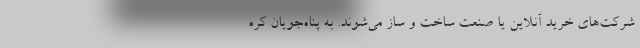
شرکت‌های خرید آنلاین یا صنعت ساخت و ساز می‌شوند. به پناه‌جویان کره